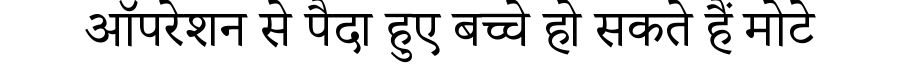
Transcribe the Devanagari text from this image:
ऑपरेशन से पैदा हुए बच्चे हो सकते हैं मोटे